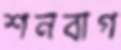
শনবাগ